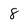
Character: 8